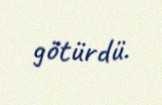
götürdü.